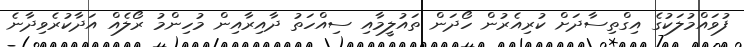
ފުވައްމުލަކުގެ އިގްތިސާދަށް ކުރިއެރުން ހޯދަން ތައުލީމާއި ސިއްހަތު ދާއިރާއިން މުހިންމު ރޯލެއް އަދާކުރެވިދާނެ